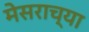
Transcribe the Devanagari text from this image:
मेसराच्या